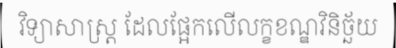
វិទ្យាសាស្ត្រ ដែលផ្អែកលើលក្ខខណ្ឌវិនិច្ឆ័យ